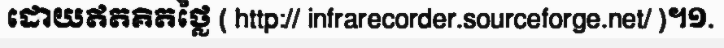
ដោយឥតគិតថ្លៃ ( http:// infrarecorder.sourceforge.net/ )។១.